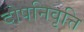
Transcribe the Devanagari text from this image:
दोषनिवृत्ति